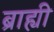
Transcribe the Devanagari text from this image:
ब्राह्यी